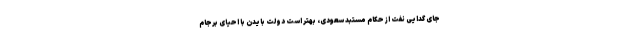
جای گدایی نفت از حکام مستبد سعودی، بهتر است دولت بایدن با احیای برجام